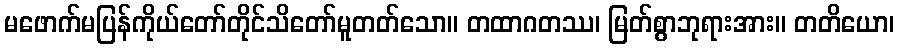
မဖောက်မပြန်ကိုယ်တော်တိုင်သိတော်မူတတ်သော။ တထာဂတဿ၊ မြတ်စွာဘုရားအား။ တတိယော၊